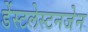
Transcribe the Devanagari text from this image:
डेंस्टलेस्टनजेन